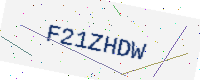
Text: F21ZHDW